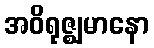
အဝိရုဇ္ဈမာနော